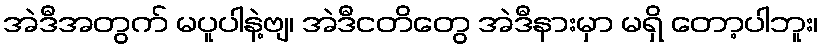
အဲဒီအတွက် မပူပါနဲ့ဗျ၊ အဲဒီငတိတွေ အဲဒီနားမှာ မရှိ တော့ပါဘူး၊